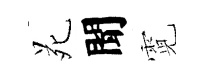
苑聞霓